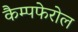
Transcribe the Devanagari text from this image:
कैम्पफेरोल